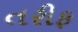
તરીફ